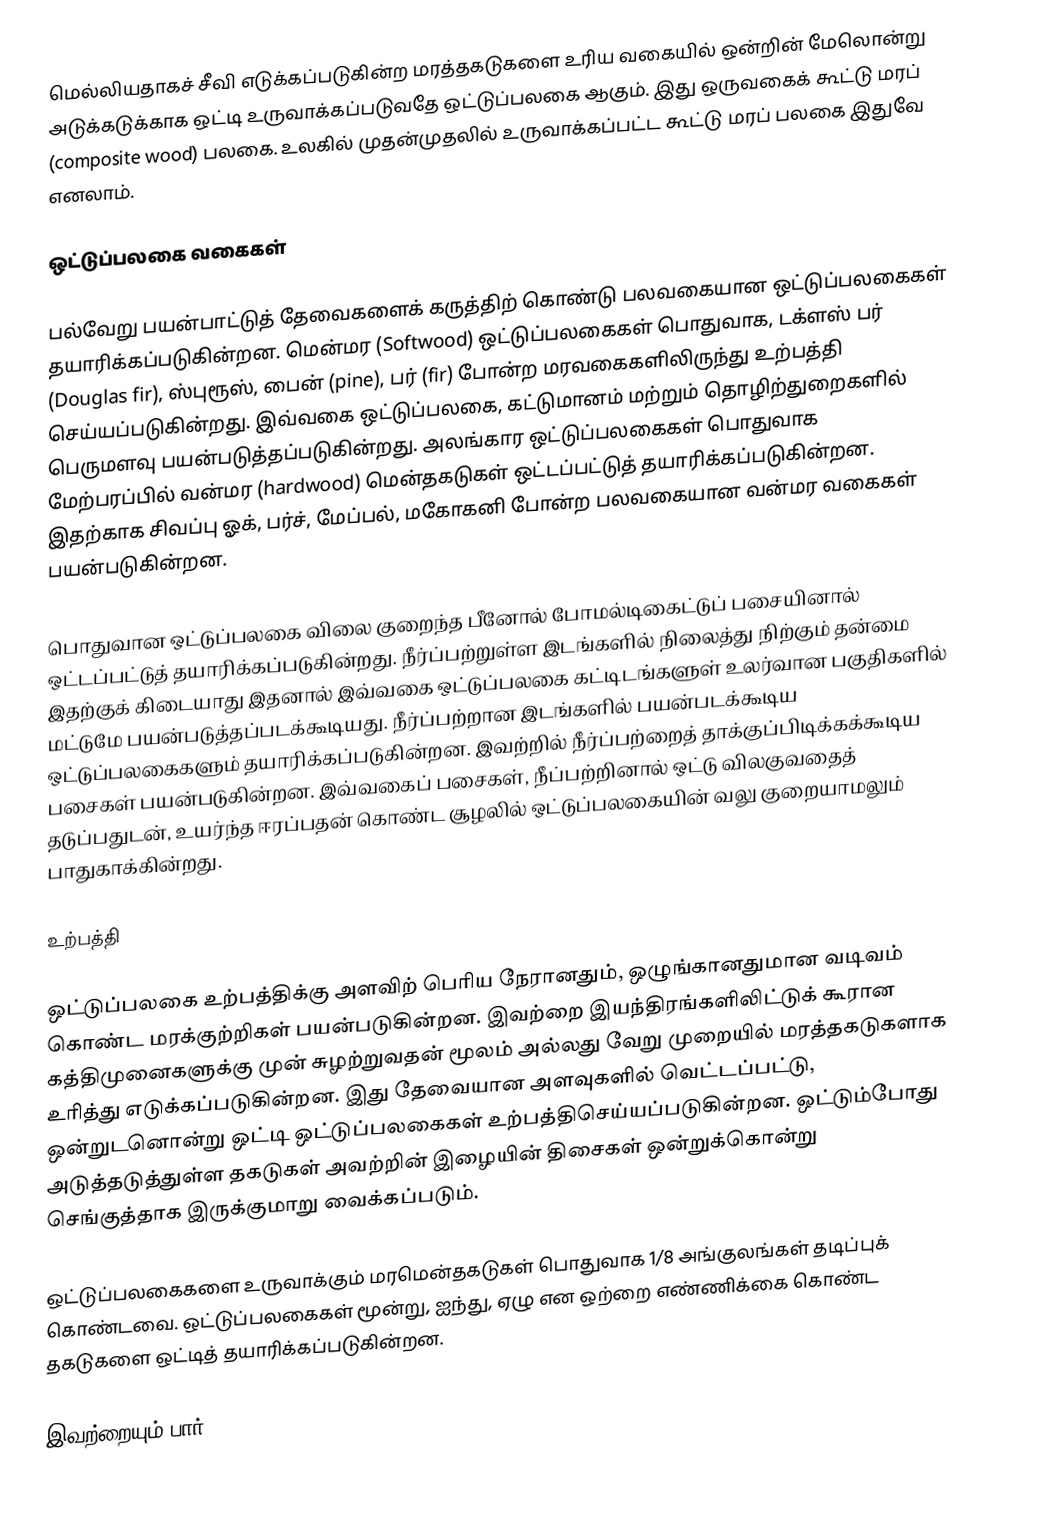
மெல்லியதாகச் சீவி எடுக்கப்படுகின்ற மரத்தகடுகளை உரிய வகையில் ஒன்றின் மேலொன்று அடுக்கடுக்காக ஒட்டி உருவாக்கப்படுவதே ஒட்டுப்பலகை ஆகும். இது ஒருவகைக் கூட்டு மரப் (composite wood) பலகை. உலகில் முதன்முதலில் உருவாக்கப்பட்ட கூட்டு மரப் பலகை இதுவே எனலாம்.

ஒட்டுப்பலகை வகைகள்

பல்வேறு பயன்பாட்டுத் தேவைகளைக் கருத்திற் கொண்டு பலவகையான ஒட்டுப்பலகைகள் தயாரிக்கப்படுகின்றன. மென்மர (Softwood) ஒட்டுப்பலகைகள் பொதுவாக, டக்ளஸ் பர் (Douglas fir), ஸ்புரூஸ், பைன் (pine), பர் (fir) போன்ற மரவகைகளிலிருந்து உற்பத்தி செய்யப்படுகின்றது. இவ்வகை ஒட்டுப்பலகை, கட்டுமானம் மற்றும் தொழிற்துறைகளில் பெருமளவு பயன்படுத்தப்படுகின்றது. அலங்கார ஒட்டுப்பலகைகள் பொதுவாக மேற்பரப்பில் வன்மர (hardwood) மென்தகடுகள் ஒட்டப்பட்டுத் தயாரிக்கப்படுகின்றன. இதற்காக சிவப்பு ஓக், பர்ச், மேப்பல், மகோகனி போன்ற பலவகையான வன்மர வகைகள் பயன்படுகின்றன.

பொதுவான ஒட்டுப்பலகை விலை குறைந்த பீனோல் போமல்டிகைட்டுப் பசையினால் ஒட்டப்பட்டுத் தயாரிக்கப்படுகின்றது. நீர்ப்பற்றுள்ள இடங்களில் நிலைத்து நிற்கும் தன்மை இதற்குக் கிடையாது இதனால் இவ்வகை ஒட்டுப்பலகை கட்டிடங்களுள் உலர்வான பகுதிகளில் மட்டுமே பயன்படுத்தப்படக்கூடியது. நீர்ப்பற்றான இடங்களில் பயன்படக்கூடிய ஒட்டுப்பலகைகளும் தயாரிக்கப்படுகின்றன. இவற்றில் நீர்ப்பற்றைத் தாக்குப்பிடிக்கக்கூடிய பசைகள் பயன்படுகின்றன. இவ்வகைப் பசைகள், நீப்பற்றினால் ஒட்டு விலகுவதைத் தடுப்பதுடன், உயர்ந்த ஈரப்பதன் கொண்ட சூழலில் ஒட்டுப்பலகையின் வலு குறையாமலும் பாதுகாக்கின்றது.

உற்பத்தி

ஒட்டுப்பலகை உற்பத்திக்கு அளவிற் பெரிய நேரானதும், ஒழுங்கானதுமான வடிவம் கொண்ட மரக்குற்றிகள் பயன்படுகின்றன. இவற்றை இயந்திரங்களிலிட்டுக் கூரான கத்திமுனைகளுக்கு முன் சுழற்றுவதன் மூலம் அல்லது வேறு முறையில் மரத்தகடுகளாக உரித்து எடுக்கப்படுகின்றன. இது தேவையான அளவுகளில் வெட்டப்பட்டு, ஒன்றுடனொன்று ஒட்டி ஒட்டுப்பலகைகள் உற்பத்திசெய்யப்படுகின்றன. ஒட்டும்போது அடுத்தடுத்துள்ள தகடுகள் அவற்றின் இழையின் திசைகள் ஒன்றுக்கொன்று செங்குத்தாக இருக்குமாறு வைக்கப்படும்.

ஒட்டுப்பலகைகளை உருவாக்கும் மரமென்தகடுகள் பொதுவாக 1/8 அங்குலங்கள் தடிப்புக் கொண்டவை. ஒட்டுப்பலகைகள் மூன்று, ஐந்து, ஏழு என ஒற்றை எண்ணிக்கை கொண்ட தகடுகளை ஒட்டித் தயாரிக்கப்படுகின்றன.

இவற்றையும் பார்